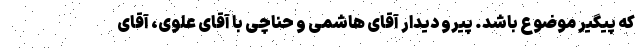
که پیگیر موضوع باشد. پیرو دیدار آقای هاشمی و حناچی با آقای علوی، آقای